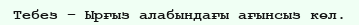
Тебез – Ырғыз алабындағы ағынсыз көл.